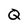
Character: Q